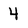
Character: 4